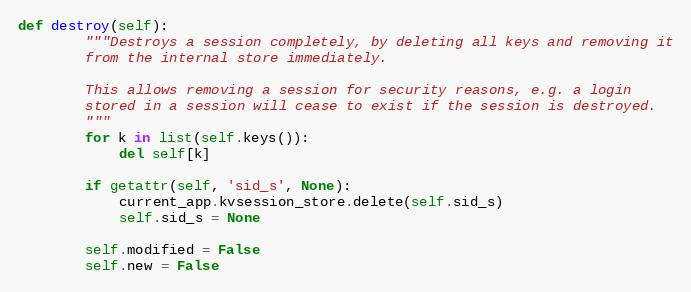
Language: Python
def destroy(self):
        """Destroys a session completely, by deleting all keys and removing it
        from the internal store immediately.

        This allows removing a session for security reasons, e.g. a login
        stored in a session will cease to exist if the session is destroyed.
        """
        for k in list(self.keys()):
            del self[k]

        if getattr(self, 'sid_s', None):
            current_app.kvsession_store.delete(self.sid_s)
            self.sid_s = None

        self.modified = False
        self.new = False